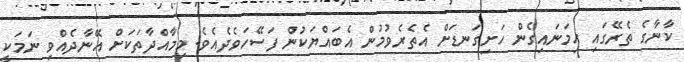
ކާނާގެ ތެރޭގައި ހިމަނައިގެން ހަށިގަނޑަށް އެތެރެވުމުން އެބައްޔަކުން ފަސޭހަވެދެއެވެ. މިމާއްދާތަކަށް އޭނާދެއްވި ނަމަކީ